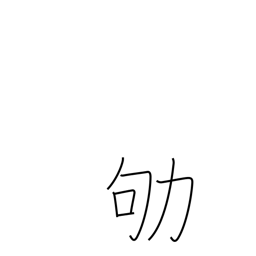
Meaning: work busily